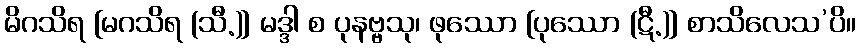
မိဂသိရ [မဂသိရ (သီ.)] မဒ္ဒါ စ ပုနဗ္ဗသု၊ ဖုဿော [ပုဿော (ဋီ.)] စာသိလေသ’ပိ။